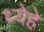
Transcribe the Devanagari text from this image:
ध्येहे